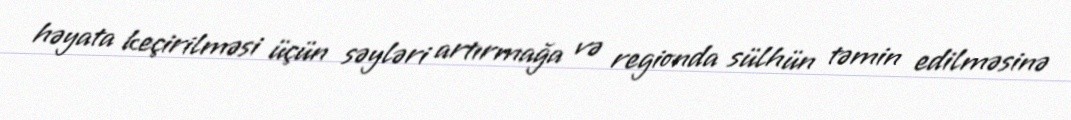
həyata keçirilməsi üçün səyləri artırmağa və regionda sülhün təmin edilməsinə